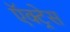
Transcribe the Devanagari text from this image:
ऍक्ट्रेस